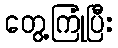
တွေ့ကြုံပြီး